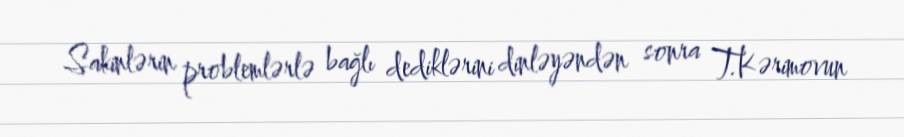
Sakinlərin problemlərlə bağlı dediklərini dinləyəndən sonra T.Kərimovun